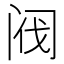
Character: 阀